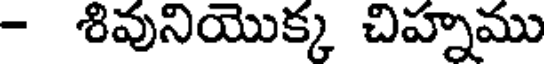
- శివునియొక్క చిహ్నము